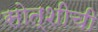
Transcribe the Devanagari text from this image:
सोत्शीची